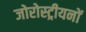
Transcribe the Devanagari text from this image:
जोरोस्ट्रीयनों